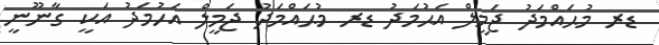
ޑރ މުޙައްމަދު ޖަމީލް އަޙުމަދު ޑރ މުޙައްމަދު ޖަމީލް އަހުމަދު އަކީ ގާނޫނީ